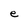
Character: e